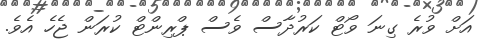
އަށް ވުރެ ގިނަ ވޯޓް ކަރުދާސް ވެސް ޕްރިންޓް ކުރަން ޖެހެ އެވެ.